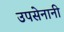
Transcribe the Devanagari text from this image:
उपसेनानी